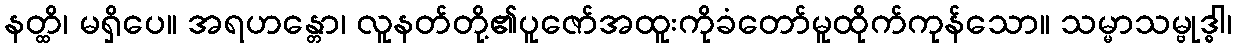
နတ္ထိ၊ မရှိပေ။ အရဟန္တော၊ လူနတ်တို့၏ပူဇော်အထူးကိုခံတော်မူထိုက်ကုန်သော။ သမ္မာသမ္ဗုဒ္ဓါ၊